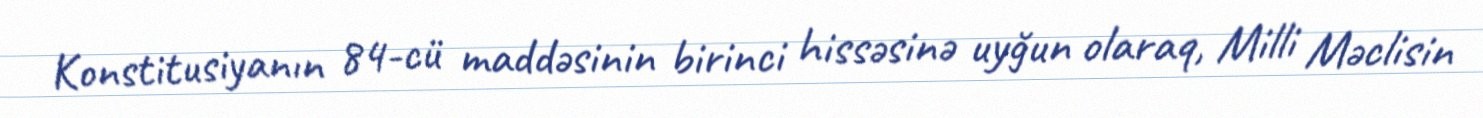
Konstitusiyanın 84-cü maddəsinin birinci hissəsinə uyğun olaraq, Milli Məclisin